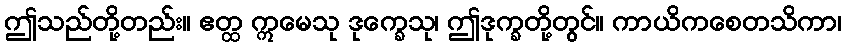
ဤသည်တို့တည်း။ ဧတ္ထ ဣမေသု ဒုက္ခေသု၊ ဤဒုက္ခတို့တွင်။ ကာယိကစေတသိကာ၊